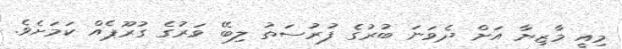
މިއީ މާޒިޔާ އަށް ދެވަނަ ބުރުގެ ފުރުސަތު ލިބޭ ވަރުގެ ގުރޫޕެއް ކަމަށެވެ.